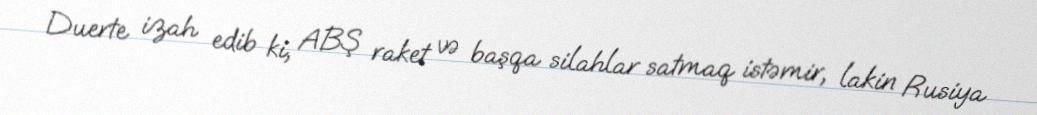
Duerte izah edib ki, ABŞ raket və başqa silahlar satmaq istəmir, lakin Rusiya